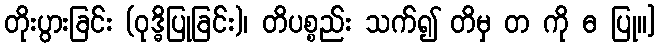
တိုးပွားခြင်း (ဝုဒ္ဓိပြုခြင်း)၊ တိပစ္စည်း သက်၍ တိမှ တ ကို ဓ ပြု၊၊]